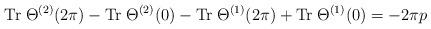
LaTeX: \begin{align*}{\rm Tr}\;\Theta^{(2)}(2\pi)-{\rm Tr}\;\Theta^{(2)}(0)-{\rm Tr}\;\Theta^{(1)}(2\pi)+{\rm Tr}\;\Theta^{(1)}(0)=-2\pi p\end{align*}